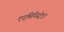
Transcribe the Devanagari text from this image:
एदमिनिस्ट्रेटर